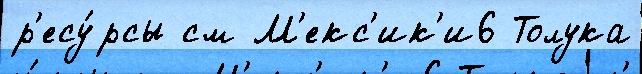
р'есу́рсы см М'екс'ик'и6 Толука